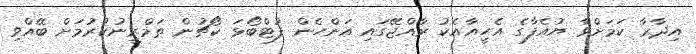
އިދާރާ ކަމަށްވާ ޔުއެފާގެ އެހީއާއެކު ރާއްޖޭގައި އަންހެން ފުޓްބޯޅަ ކޯޗުން ތަމްރީނުކުރުމަށް ބޭއްވި